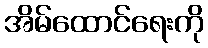
အိမ်ထောင်ရေးကို